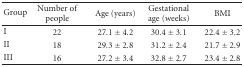
| Group | Number of people | Age (years) | Gestational age (weeks) | BMI |
 | --- | --- | --- | --- | --- |
 | I | 22 | 27.1 ± 4.2 | 30.4 ± 3.1 | 22.4 ± 3.2 |
 | II | 18 | 29.3 ± 2.8 | 31.2 ± 2.4 | 21.7 ± 2.9 |
 | III | 16 | 27.2 ± 3.4 | 32.8 ± 2.7 | 23.4 ± 2.8 |